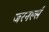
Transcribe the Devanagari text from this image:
जरनर्ल्स